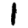
Digit: 1